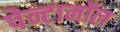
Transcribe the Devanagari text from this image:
पेन्टानॉल